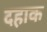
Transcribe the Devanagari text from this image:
दहाक